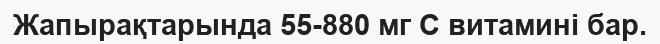
Жапырақтарында 55-880 мг С витамині бар.